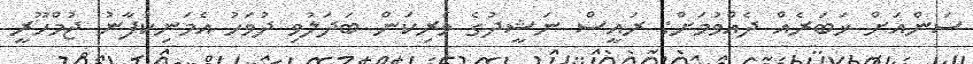
ސަންއަށް ޚަބަރެއް ދެއްވުމަށް: ރައީސް ނަޝީދުގެ ވެރިކަން ބަދަލުވި ދުވަހު އެމަނިކުފާނު ޖުމްހޫރީ